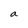
Character: a